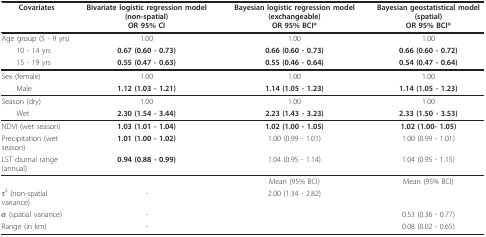
| Covariates | Bivariate logistic regression model (non-spatial)OR 95% CI | Bayesian logistic regression model (exchangeable)OR 95% BCI* | Bayesian geostatistical model (spatial)OR 95% BCI* |
 | --- | --- | --- | --- |
 | Age group (5 - 9 yrs) | 1.00 | 1.00 | 1.00 |
 | 10 - 14 yrs | 0.67 (0.60 - 0.73) | 0.66 (0.60 - 0.73) | 0.66 (0.60 - 0.72) |
 | 15 - 19 yrs | 0.55 (0.47 - 0.63) | 0.55 (0.46 - 0.64) | 0.54 (0.47 - 0.64) |
 | Sex (female) | 1.00 | 1.00 | 1.00 |
 | Male | 1.12 (1.03 - 1.21) | 1.14 (1.05 - 1.23) | 1.14 (1.05 - 1.23) |
 | Season (dry) | 1.00 | 1.00 | 1.00 |
 | Wet | 2.30 (1.54 - 3.44) | 2.23 (1.43 - 3.23) | 2.33 (1.50 - 3.53) |
 | NDVI (wet season) | 1.03 (1.01 - 1.04) | 1.02 (1.00 - 1.05) | 1.02 (1.00- 1.05) |
 | Precipitation (wet season) | 1.01 (1.00 - 1.02) | 1.00 (0.99 - 1.01) | 1.00 (0.99 - 1.01) |
 | LST diurnal range (annual) | 0.94 (0.88 - 0.99) | 1.04 (0.95 - 1.14) | 1.04 (0.95 - 1.15) |
 |  |  | Mean (95% BCI) | Mean (95% BCI) |
 | τ2 (non-spatial variance) | - | 2.00 (1.34 - 2.82) |  |
 | σ (spatial variance) | - |  | 0.53 (0.36 - 0.77) |
 | Range (in km) | - |  | 0.08 (0.02 - 0.65) |